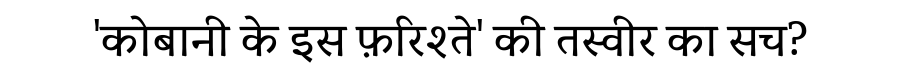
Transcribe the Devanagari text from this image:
'कोबानी के इस फ़रिश्ते' की तस्वीर का सच?